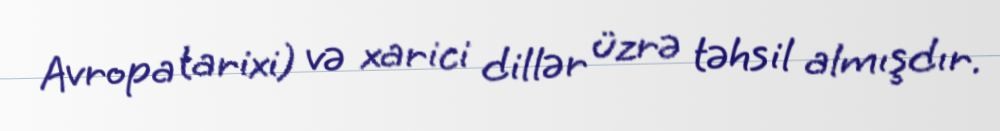
Avropa tarixi) və xarici dillər üzrə təhsil almışdır.